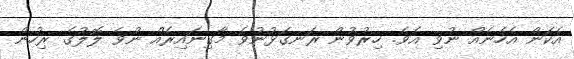
އެކަން އެހެނެއް ނުވި އެވެ. ހިރުވުން ރަނގަޅުނުވެ މާގިނައިރެއް ނުވެ ލޮލުގެ ރިހުން